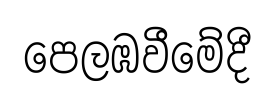
පෙලඹවීමේදී